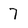
Character: 7